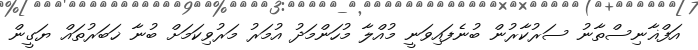
އަފްޣާނިސްތާނު ސަރުކާރުން ބުނެފައިވަނީ މުއްލާ މުހަންމަދު އުމަރު މަރުވިކަމަށް ބުނާ ޚަބަރުތައް ޔަގީން